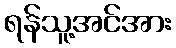
ရန်သူ့အင်အား